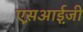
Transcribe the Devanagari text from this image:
एस़आई़जी